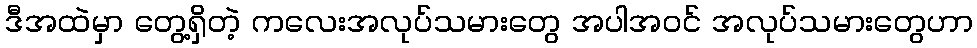
ဒီအထဲမှာ တွေ့ရှိတဲ့ ကလေးအလုပ်သမားတွေ အပါအဝင် အလုပ်သမားတွေဟာ